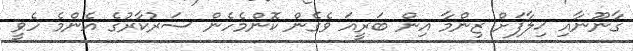
ގާނޫނާއި ޚިލާފަށް ޒިންމާ އިން ބަރީއަ ވެގެން ކޮންމެހެން ސަރުކާރުގެ އެންމެ ހެވީ